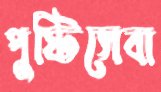
পুষ্টিসেবা